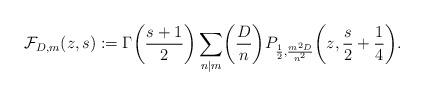
LaTeX: \begin{align*}\mathcal{F}_{D,m}(z,s) := \Gamma\biggl(\frac{s+1}{2}\biggr)\sum_{n|m} \biggl(\frac{D}{n}\biggr)P_{\frac{1}{2}, \frac{m^2D}{n^2}}\biggl(z,\frac{s}{2}+\frac{1}{4}\biggr).\end{align*}